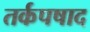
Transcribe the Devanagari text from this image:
तर्कपषाद